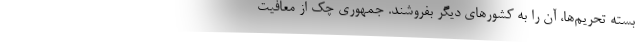
بسته تحریم‌ها، آن را به کشورهای دیگر بفروشند. جمهوری چک از معافیت